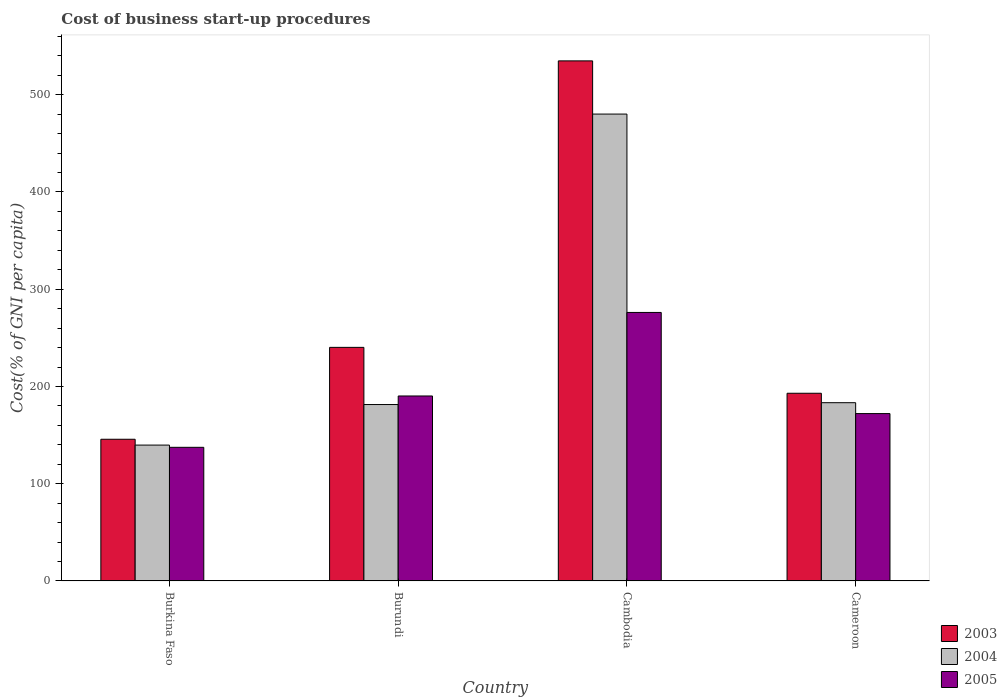
| Country | 2003 | 2004 | 2005 |
 | --- | --- | --- | --- |
 | Burkina Faso | 146 | 140 | 137 |
 | Burundi | 240 | 181 | 190 |
 | Cambodia | 535 | 480 | 276 |
 | Cameroon | 193 | 183 | 172 |